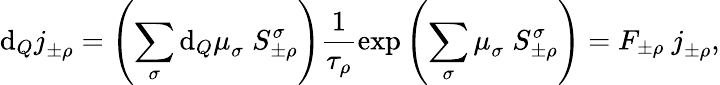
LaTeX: \mathrm{d}_{Q}j_{\pm\rho}^{\mathrm{~\, ~}}=\left(\sum_{\sigma}\mathrm{d}_{Q}\mu_{\sigma}^{\mathrm{~\, ~}}\, S_{\pm\rho}^{\sigma}\right)\frac{1}{\tau_{\rho}}\exp\left(\sum_{\sigma}\mu_{\sigma}^{\mathrm{~\, ~}}\, S_{\pm\rho}^{\sigma}\right)=F_{\pm\rho}~j_{\pm\rho}^{\mathrm{~\, ~}},